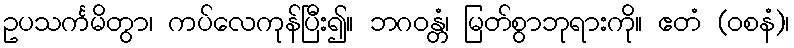
ဥပသင်္ကမိတွာ၊ ကပ်လေကုန်ပြီး၍။ ဘဂဝန္တံ၊ မြတ်စွာဘုရားကို။ ဧတံ (ဝစနံ)၊